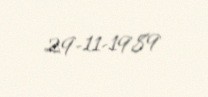
29-11-1989